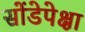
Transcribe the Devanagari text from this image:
सोंडेपेक्षा